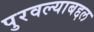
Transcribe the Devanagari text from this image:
पुरवल्याबद्दल